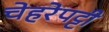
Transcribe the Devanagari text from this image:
चेहरेपट्टी